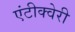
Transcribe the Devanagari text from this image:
एंटीक्वेरी